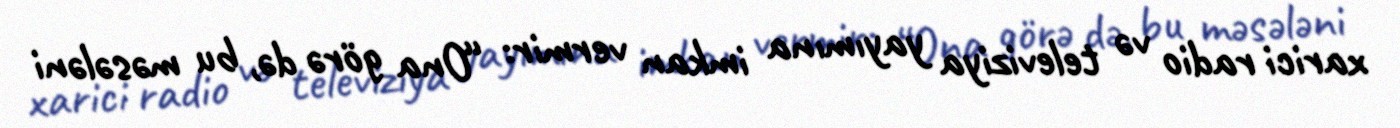
xarici radio və televiziya yayımına imkan vermir: “Ona görə də, bu məsələni